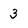
Character: 3